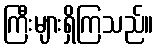
ကြီးများရှိကြသည်။